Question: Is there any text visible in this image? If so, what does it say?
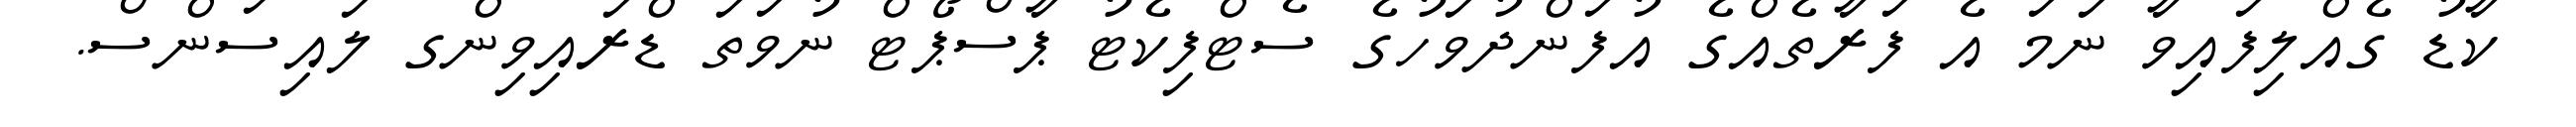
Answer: ކާޑު ގެއްލިފައިވާ ނަމަ އެ ފަރާތެއްގެ އުފަންދުވަހުގެ ސެޓްފިކެޓު ޕާސްޕޯޓް ނުވަތަ ޑްރައިވިންގ ލައިސަންސް.